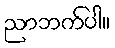
ညာဘက်ပါ။